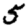
Digit: 5